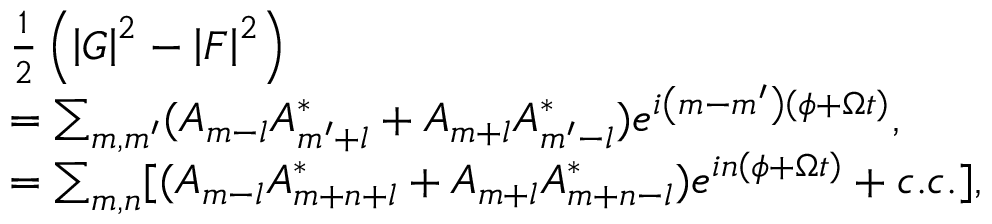
\begin{array} { r l } & { \frac { 1 } { 2 } \left( \left\vert G \right\vert ^ { 2 } - \left\vert F \right\vert ^ { 2 } \right) } \\ & { = \sum _ { m , m ^ { \prime } } ( A _ { m - l } A _ { m ^ { \prime } + l } ^ { \ast } + A _ { m + l } A _ { m ^ { \prime } - l } ^ { \ast } ) e ^ { i \left( m - m ^ { \prime } \right) \left( \phi + \Omega t \right) } , } \\ & { = \sum _ { m , n } [ ( A _ { m - l } A _ { m + n + l } ^ { \ast } + A _ { m + l } A _ { m + n - l } ^ { \ast } ) e ^ { i n \left( \phi + \Omega t \right) } + c . c . ] , } \end{array}